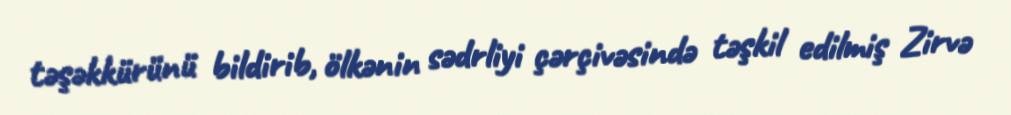
təşəkkürünü bildirib, ölkənin sədrliyi çərçivəsində təşkil edilmiş Zirvə